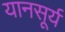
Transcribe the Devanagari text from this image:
यानसूर्य